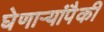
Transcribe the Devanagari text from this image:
घेणाऱ्यांपैकी